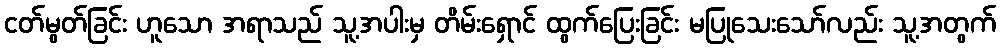
ငတ်မွတ်ခြင်း ဟူသော အရာသည် သူ့အပါးမှ တိမ်းရှောင် ထွက်ပြေးခြင်း မပြုသေးသော်လည်း သူ့အတွက်